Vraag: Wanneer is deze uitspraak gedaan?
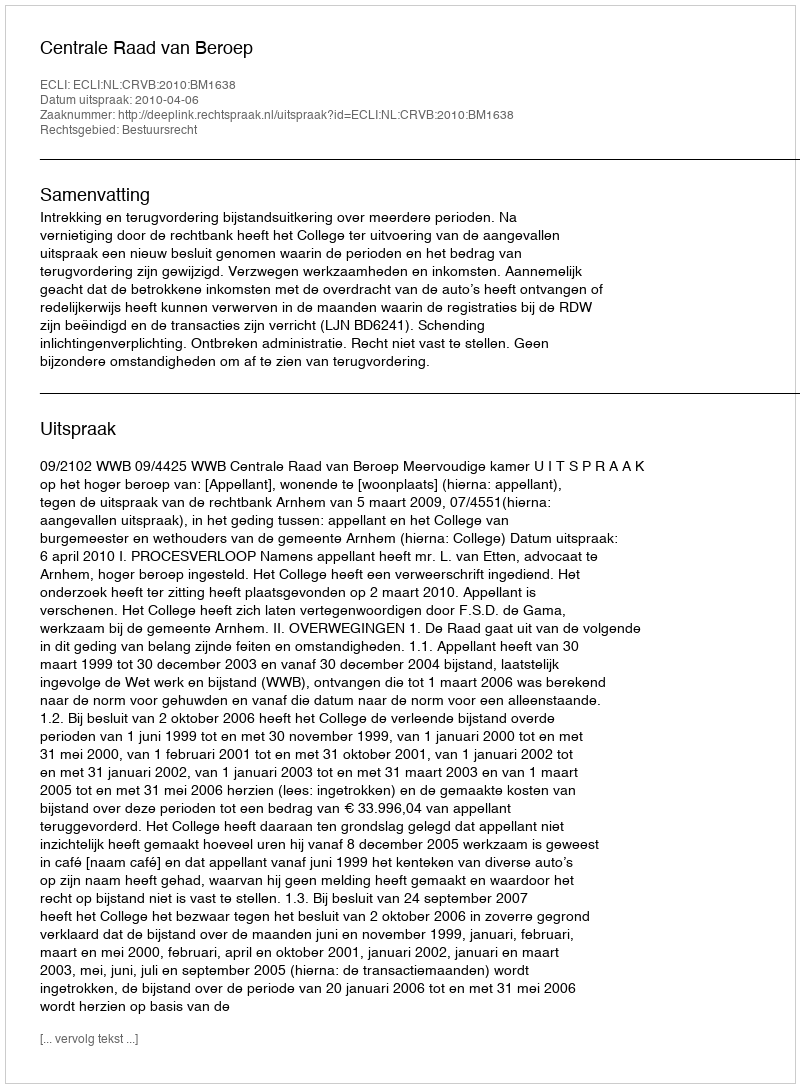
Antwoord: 2010-04-06